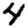
Digit: 4